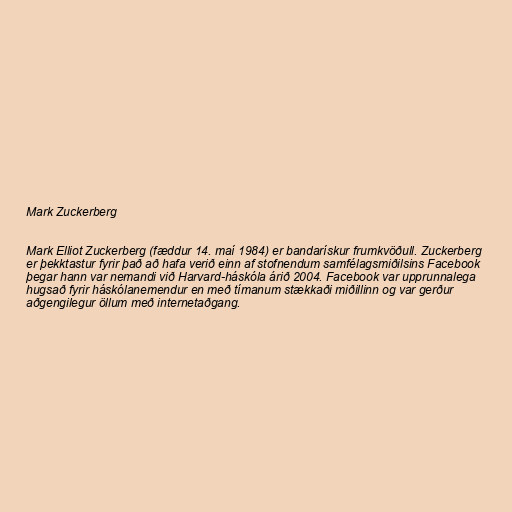
Mark Zuckerberg

Mark Elliot Zuckerberg (fæddur 14. maí 1984) er bandarískur frumkvöðull. Zuckerberg
er þekktastur fyrir það að hafa verið einn af stofnendum samfélagsmiðilsins Facebook
þegar hann var nemandi við Harvard-háskóla árið 2004. Facebook var upprunnalega
hugsað fyrir háskólanemendur en með tímanum stækkaði miðillinn og var gerður
aðgengilegur öllum með internetaðgang.